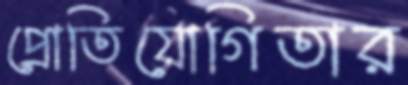
প্রোতিযোগিতার